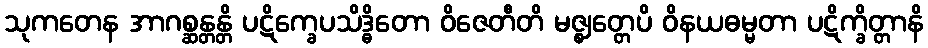
သုကတေန အာဂစ္ဆန္တန္တိ ပဋိက္ခေပသိဒ္ဓိတော ဝိဇေတီတိ မဇ္ဈတ္တေပိ ဝိနယဓမ္မတာ ပဋိက္ခိတ္တာနိ